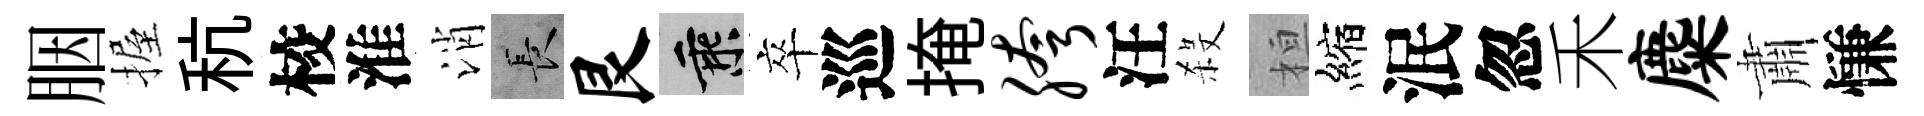
胭握秔校淮消长艮乘卒巡掩胯汪殺桓縮泯忽禾麋肅慊